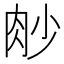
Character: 𦙧